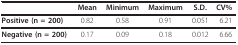
|  | Mean | Minimum | Maximum | S.D. | CV% |
 | --- | --- | --- | --- | --- | --- |
 | Positive (n = 200) | 0.82 | 0.58 | 0.91 | 0.051 | 6.21 |
 | Negative (n = 200) | 0.17 | 0.09 | 0.18 | 0.012 | 6.66 |